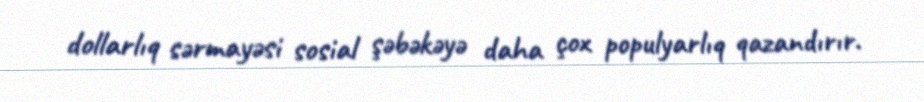
dollarlıq sərmayəsi sosial şəbəkəyə daha çox populyarlıq qazandırır.